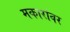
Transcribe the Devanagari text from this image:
मकारांवर